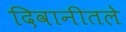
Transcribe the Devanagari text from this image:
दिवानीतले